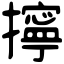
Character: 擰